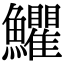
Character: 𩽩